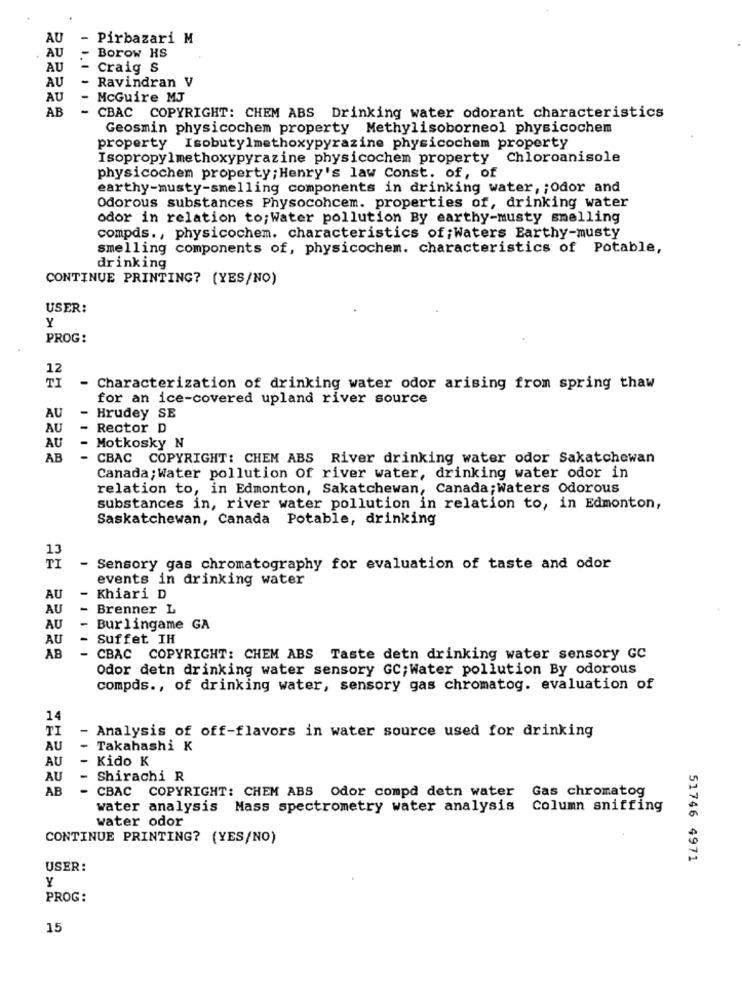
AU
- Pirbazari M
-
Borow HS
AU
AU
- Craig S
AU
Ravindran V
AU
-
McGuire MJ
AB
- CBAC COPYRIGHT: CHEM ABS Drinking water odorant characteristics
Geosmin physicochem property Methylisoborneol physicochem
property Isobutylmethoxypyrazine physicochem property
Isopropylmethoxypyrazine physicochem property Chloroanisole
physicochem property; Henry's law Const. of, of
earthy-musty-smelling components in drinking water, ; Odor and
Odorous substances Physocohcem. properties of, drinking water
odor in relation to;Water pollution By earthy-musty smelling
compds ., physicochem. characteristics of;Waters Earthy-musty
smelling components of, physicochem. characteristics of Potable,
drinking
CONTINUE PRINTING? (YES/NO)
USER:
Y
PROG:
12
TI
- Characterization of drinking water odor arising from spring thaw
for an ice-covered upland river source
-
AU
Hrudey SE
AU
Rector D
AU
Motkosky N
AB
- CBAC COPYRIGHT: CHEM ABS River drinking water odor Sakatchewan
Canada; Water pollution Of river water, drinking water odor in
relation to, in Edmonton, Sakatchewan, Canada;Waters odorous
substances in, river water pollution in relation to, in Edmonton,
Saskatchewan, Canada Potable, drinking
13
TI
- Sensory gas chromatography for evaluation of taste and odor
events in drinking water
-
AU
Khiari D
AU
Brenner L
-
AU
Burlingame GA
AU
-
Suffet IH
AB
- CBAC COPYRIGHT: CHEM ABS Taste detn drinking water sensory GC
Odor detn drinking water sensory GC; Water pollution By odorous
compds ., of drinking water, sensory gas chromatog. evaluation of
14
- Analysis of off-flavors in water source used for drinking
TI
AU
- Takahashi K
- Kido K
AU
AU
Shirachi R
AB
Gas chromatog
- CBAC COPYRIGHT: CHEM ABS Odor compd detn water
water analysis Mass spectrometry water analysis Column sniffing
water odor
CONTINUE PRINTING? (YES/NO)
51746 4971
USER:
Y
PROG:
15